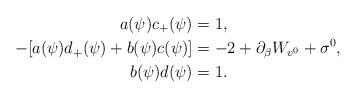
LaTeX: \begin{align*} a(\psi)c_+(\psi)&=1,\\ -[a(\psi)d_+(\psi)+b(\psi)c(\psi)]&=-2+\partial_{\beta}W_{v^0}+\sigma^0,\\ b(\psi)d(\psi)&=1.\end{align*}